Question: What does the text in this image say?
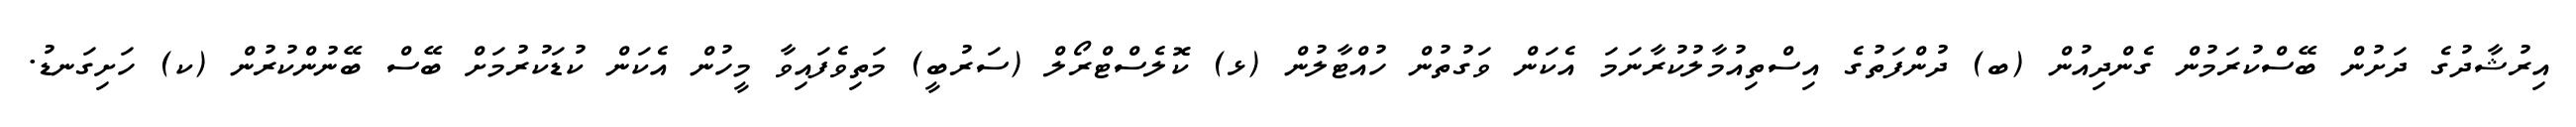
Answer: އިރުޝާދުގެ ދަށުން ބޭސްކުރަމުން ގެންދިއުން (ބ) ދުންފަތުގެ އިސްތިއުމާލުކުރާނަމަ އެކަން ވަގުތުން ހުއްޓާލުން (ޅ) ކޮލެސްޓްރޯލް (ސަރުބީ) މަތިވެފައިވާ މީހުން އެކަން ކުޑަކުރުމަށް ބޭސް ބޭނުންކުރުން (ކ) ހަށިގަނޑު.